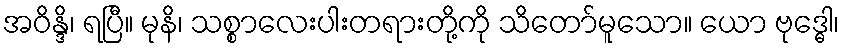
အဝိန္ဒိ၊ ရပြီ။ မုနိ၊ သစ္စာလေးပါးတရားတို့ကို သိတော်မူသော။ ယော ဗုဒ္ဓေါ၊